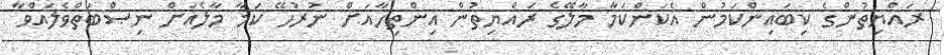
ރައްޔިތުންގެ ކިބައިންކަމުން އެކަންކަމާ މާލޭގެ ރައްޔިތުން އިންތިހާއަށް ނުރުހޭ ކަމާ މާލެއަށް ނިޞްބަތްވެލައްވާ